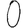
Digit: 0